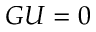
G U = 0